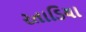
રતાડિયા